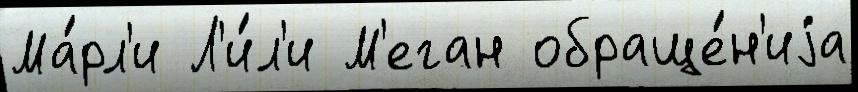
Ма́рл'и Л'и́л'и М'еган обраще́н'иjа